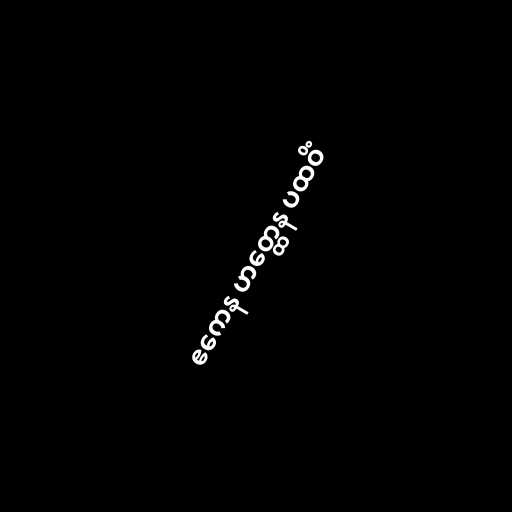
ဧကေန ဟတ္ထေန ပထဝိံ